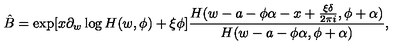
\hat { B } = \exp [ x \partial _ { w } \log H ( w , \phi ) + \xi \phi ] \frac { H ( w - a - \phi \alpha - x + \frac { \xi \delta } { 2 \pi i } , \phi + \alpha ) } { H ( w - a - \phi \alpha , \phi + \alpha ) } ,